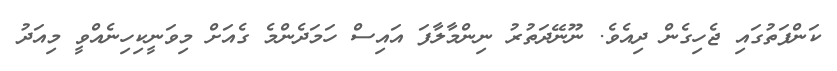
ކަންފަތުގައި ޖެހިގެން ދިއެވެ. ނޫނޭދަތުރު ނިންމާލާފަ އައިސް ހަމަދެންމެ ގެއަށް މިވަނީކިހިނެއްވީ މިއަދު